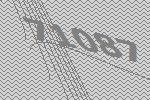
71087